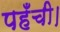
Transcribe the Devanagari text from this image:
पहँची।